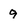
Character: 9